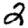
Digit: 2